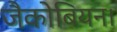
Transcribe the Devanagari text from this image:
जैकोबियन।